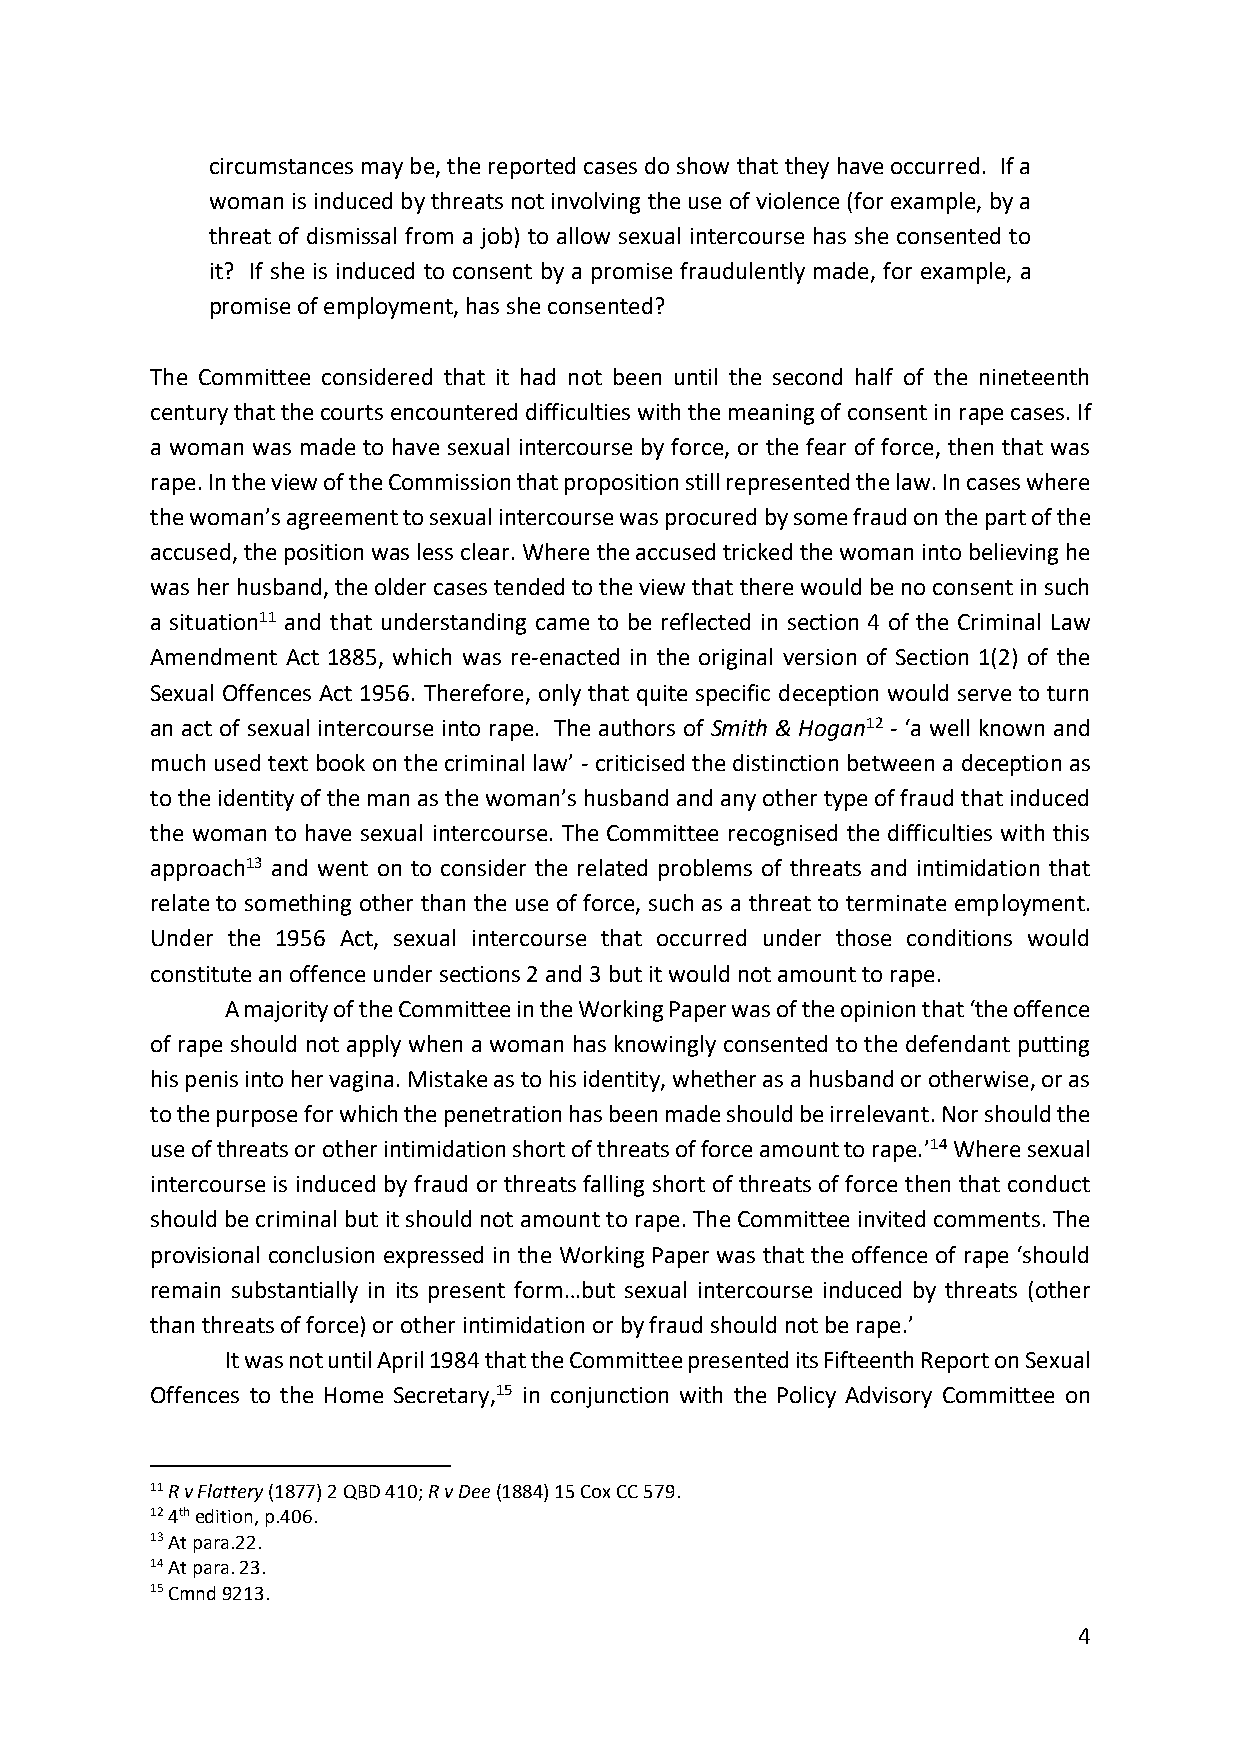
circumstances may be, the reported cases do show that they have occurred. If a
 woman is induced by threats not involving the use of violence (for example, by a
 threat of dismissal from a job) to allow sexual intercourse has she consented to
 it? If she is induced to consent by a promise fraudulently made, for example, a
 promise of employment, has she consented?
 The Committee considered that it had not been until the second half of the nineteenth
 century that the courts encountered difficulties with the meaning of consent in rape cases. If
 a woman was made to have sexual intercourse by force, or the fear of force, then that was
 rape. In the view of the Commission that proposition still represented the law. In cases where
 the woman’s agreement to sexual intercourse was procured by some fraud on the part of the
 accused, the position was less clear. Where the accused tricked the woman into believing he
 was her husband, the older cases tended to the view that there would be no consent in such
 a situation11 and that understanding came to be reflected in section 4 of the Criminal Law
 Amendment Act 1885, which was re-enacted in the original version of Section 1(2) of the
 Sexual Offences Act 1956. Therefore, only that quite specific deception would serve to turn
 an act of sexual intercourse into rape. The authors of Smith & Hogan12 - ‘a well known and
 much used text book on the criminal law’ - criticised the distinction between a deception as
 to the identity of the man as the woman’s husband and any other type of fraud that induced
 the woman to have sexual intercourse. The Committee recognised the difficulties with this
 approach13 and went on to consider the related problems of threats and intimidation that
 relate to something other than the use of force, such as a threat to terminate employment.
 Under the 1956 Act, sexual intercourse that occurred under those conditions would
 constitute an offence under sections 2 and 3 but it would not amount to rape.
 A majority of the Committee in the Working Paper was of the opinion that ‘the offence
 of rape should not apply when a woman has knowingly consented to the defendant putting
 his penis into her vagina. Mistake as to his identity, whether as a husband or otherwise, or as
 to the purpose for which the penetration has been made should be irrelevant. Nor should the
 use of threats or other intimidation short of threats of force amount to rape.’14 Where sexual
 intercourse is induced by fraud or threats falling short of threats of force then that conduct
 should be criminal but it should not amount to rape. The Committee invited comments. The
 provisional conclusion expressed in the Working Paper was that the offence of rape ‘should
 remain substantially in its present form…but sexual intercourse induced by threats (other
 than threats of force) or other intimidation or by fraud should not be rape.’
 It was not until April 1984 that the Committee presented its Fifteenth Report on Sexual
 Offences to the Home Secretary,15 in conjunction with the Policy Advisory Committee on
 11 R v Flattery (1877) 2 QBD 410; R v Dee (1884) 15 Cox CC 579.
 12 4th edition, p.406.
 13 At para.22.
 14 At para. 23.
 15 Cmnd 9213.
 4